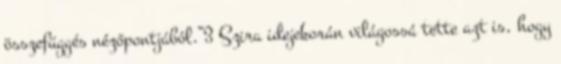
összefüggés nézőpontjából.”3 Szira idejekorán világossá tette azt is, hogy